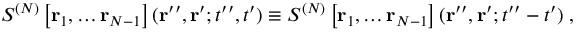
S ^ { ( N ) } \left[ { \bf r } _ { 1 } , \dots { \bf r } _ { N - 1 } \right] ( { \bf r } ^ { \prime \prime } , { \bf r } ^ { \prime } ; t ^ { \prime \prime } , t ^ { \prime } ) \equiv S ^ { ( N ) } \left[ { \bf r } _ { 1 } , \dots { \bf r } _ { N - 1 } \right] ( { \bf r } ^ { \prime \prime } , { \bf r } ^ { \prime } ; t ^ { \prime \prime } - t ^ { \prime } ) \; ,